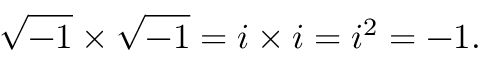
\quad { \sqrt { - 1 } } \times { \sqrt { - 1 } } = i \times i = i ^ { 2 } = - 1 .